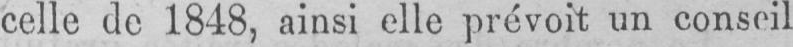
celle de 1848, ainsi elle prévoit un conseil